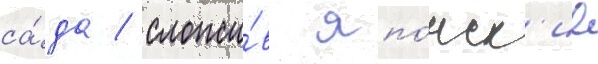
са́да / сложи́в япо́нск'ие